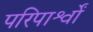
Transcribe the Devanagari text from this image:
परिपार्श्वों